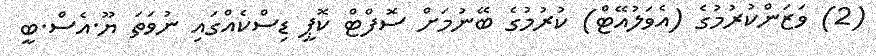
(2) ވަޒަންކުރުމުގެ (އެވަލުއޭޓް) ކުރުމުގެ ބޭނުމަށް ސޮފްޓް ކޮޕީ ޑިސްކެއްގައި ނުވަތަ ޔޫ.އެސް.ބީ